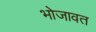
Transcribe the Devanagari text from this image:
भोजावत